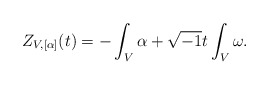
\begin{align*}Z_{V,[\alpha]}(t) = -\int_{V}\alpha+\sqrt{-1}t\int_{V}\omega.\end{align*}